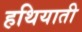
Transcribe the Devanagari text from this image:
हथियाती